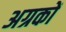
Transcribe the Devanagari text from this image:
अग्रकों